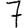
Digit: 7